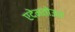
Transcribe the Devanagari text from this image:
एदेमतोउस